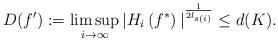
LaTeX: \begin{align*}D(f'):= \limsup_{i\rightarrow \infty }{{\lvert H_{i}}}\left( f^{\ast }\right) {{\rvert }^{\frac{1}{2l_{s(i)}}}}\leq d(K).\end{align*}